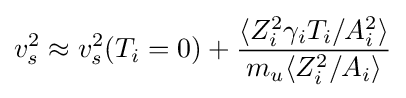
v_{s}^{2}\approx v_{s}^{2}(T_{i}=0)+{\langle Z_{i}^{2}\gamma _{i}T_{i}/A_{i}^{2}\rangle  \over m_{u}\langle Z_{i}^{2}/A_{i}\rangle }